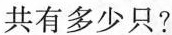
共有多少只?